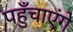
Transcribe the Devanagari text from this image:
पहुँचाएंगे